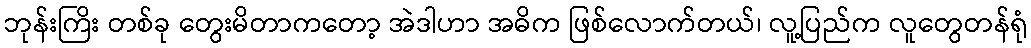
ဘုန်းကြိး တစ်ခု တွေးမိတာကတော့ အဲဒါဟာ အဓိက ဖြစ်လောက်တယ်၊ လူ့ပြည်က လူတွေတန်ရုံ